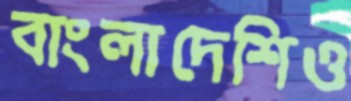
বাংলাদেশিও